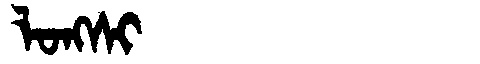
Manchu: ᠯᠣᠩᠰᡳ
Romanization: LONGSI